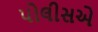
પોલીસએ